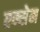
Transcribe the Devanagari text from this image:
एन्सेम